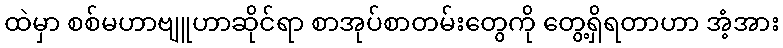
ထဲမှာ စစ်မဟာဗျူဟာဆိုင်ရာ စာအုပ်စာတမ်းတွေကို တွေ့ရှိရတာဟာ အံ့အား